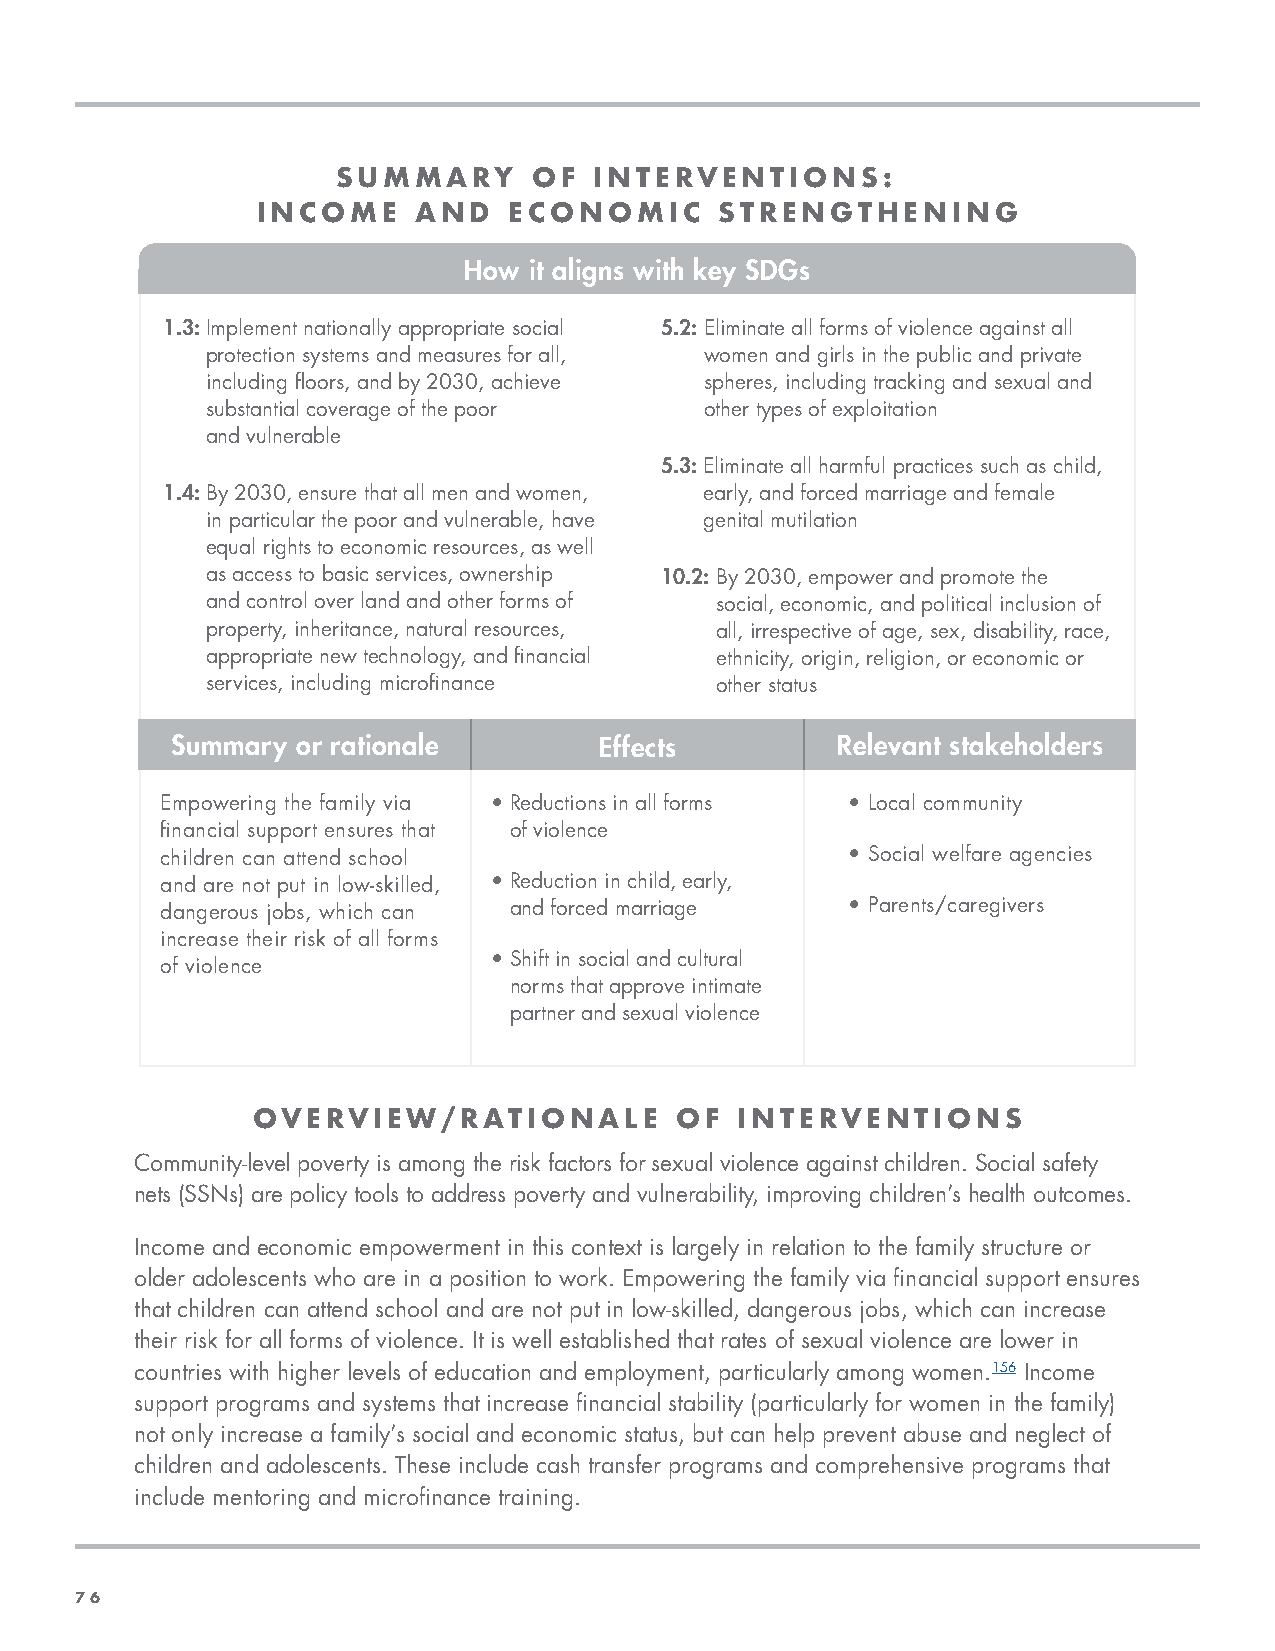
SUMMARY      OF  INTERVENTIONS:
 INCOME     AND   ECONOMIC      STRENGTHENING
 How it aligns with key SDGs
 1.3: Implement nationally appropriate social 5.2: Eliminate all forms of violence against all
 protection systems and measures for all, women and girls in the public and private
 including floors, and by 2030, achieve spheres, including tracking and sexual and
 substantial coverage of the poor other types of exploitation
 and vulnerable
 5.3: Eliminate all harmful practices such as child,
 1.4: By 2030, ensure that all men and women, early, and forced marriage and female
 in particular the poor and vulnerable, have genital mutilation
 equal rights to economic resources, as well
 as access to basic services, ownership 10.2: By 2030, empower and promote the
 and control over land and other forms of social, economic, and political inclusion of
 property, inheritance, natural resources, all, irrespective of age, sex, disability, race,
 appropriate new technology, and financial ethnicity, origin, religion, or economic or
 services, including microfinance other status
 Summary  or rationale        Effects        Relevant stakeholders
 Empowering the family via • Reductions in all forms • Local community
 financial support ensures that of violence
 children can attend school                   • Social welfare agencies
 and are not put in low-skilled, • Reduction in child, early,
 dangerous jobs, which can and forced marriage • P arents/caregivers
 increase their risk of all forms
 • Shift in social and cultural
 of violence
 norms that approve intimate
 partner and sexual violence
 OVERVIEW/RATIONALE          OF  INTERVENTIONS
 Community-level poverty is among the risk factors for sexual violence against children. Social safety
 nets (SSNs) are policy tools to address poverty and vulnerability, improving children’s health outcomes.
 Income and economic empowerment in this context is largely in relation to the family structure or
 older adolescents who are in a position to work. Empowering the family via financial support ensures
 that children can attend school and are not put in low-skilled, dangerous jobs, which can increase
 their risk for all forms of violence. It is well established that rates of sexual violence are lower in
 countries with higher levels of education and employment, particularly among women.156 Income
 support programs and systems that increase financial stability (particularly for women in the family)
 not only increase a family’s social and economic status, but can help prevent abuse and neglect of
 children and adolescents. These include cash transfer programs and comprehensive programs that
 include mentoring and microfinance training.
 7766